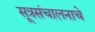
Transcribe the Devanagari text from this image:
सूत्रसंचालनाचे